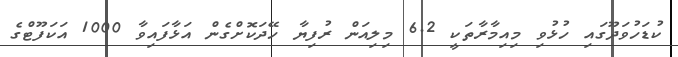
ކުޑަހުވަދޫގައި ހުޅުވި މިއިމާރާތަކީ 6.2 މިލިއަން ރުފިޔާ ހޭދަކޮށްގެން އަޅާފައިވާ 1000 އަކަފޫޓްގެ